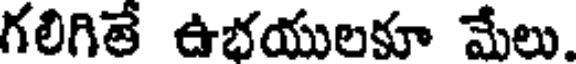
గలిగితే ఉభయులకూ మేలు.